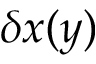
\delta x ( y )